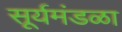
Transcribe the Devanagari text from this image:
सूर्यमंडळा